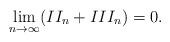
LaTeX: \begin{align*}\lim_{n\to \infty}(II_n + III_n) = 0.\end{align*}